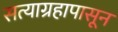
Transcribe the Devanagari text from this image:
सत्याग्रहापासून